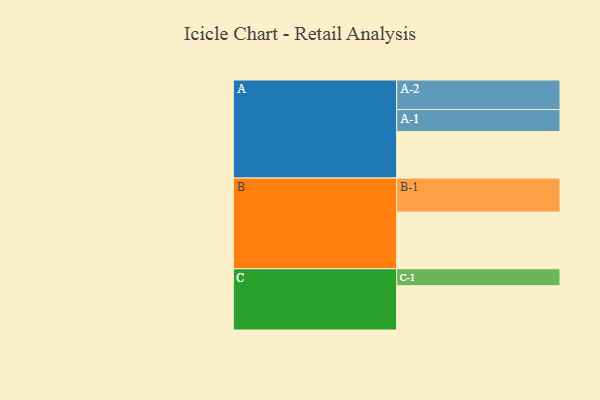
{"axis": {"x": "Segment", "y": "Value"}, "legend": ["", "A", "B", "C"], "data": [{"x": "A", "y": 379, "type": ""}, {"x": "B", "y": 462, "type": ""}, {"x": "C", "y": 361, "type": ""}, {"x": "A-1", "y": 179, "type": "A"}, {"x": "A-2", "y": 241, "type": "A"}, {"x": "B-1", "y": 277, "type": "B"}, {"x": "C-1", "y": 138, "type": "C"}]}